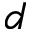
d